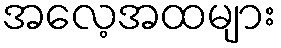
အလေ့အထများ